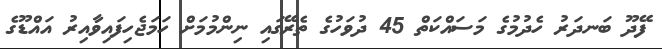
ފޭދޫ ބަނދަރު ހެދުމުގެ މަސައްކަތް 45 ދުވަހުގެ ތެރޭގައި ނިންމުމަށް ހަމަޖެހިފައިވާއިރު އައްޑޫގެ